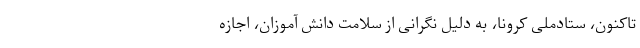
تاکنون، ستادملی کرونا، به دلیل نگرانی از سلامت دانش آموزان، اجازه